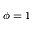
\phi = 1